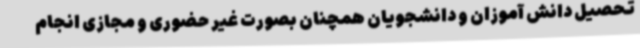
تحصیل دانش آموزان و دانشجویان همچنان بصورت غیر حضوری و مجازی انجام